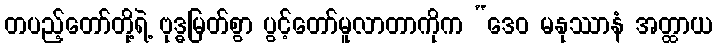
တပည့်တော်တို့ရဲ့ ဗုဒ္ဓမြတ်စွာ ပွင့်တော်မူလာတာကိုက “ဒေဝ မနုဿာနံ အတ္ထာယ